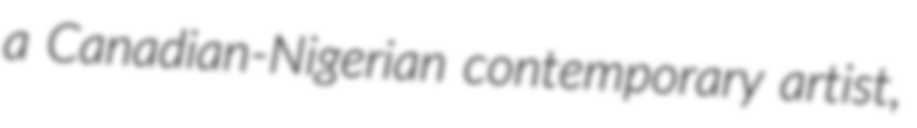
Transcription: a Canadian-Nigerian contemporary artist,